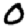
Digit: 0